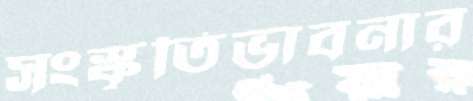
সংস্কৃতিভাবনার